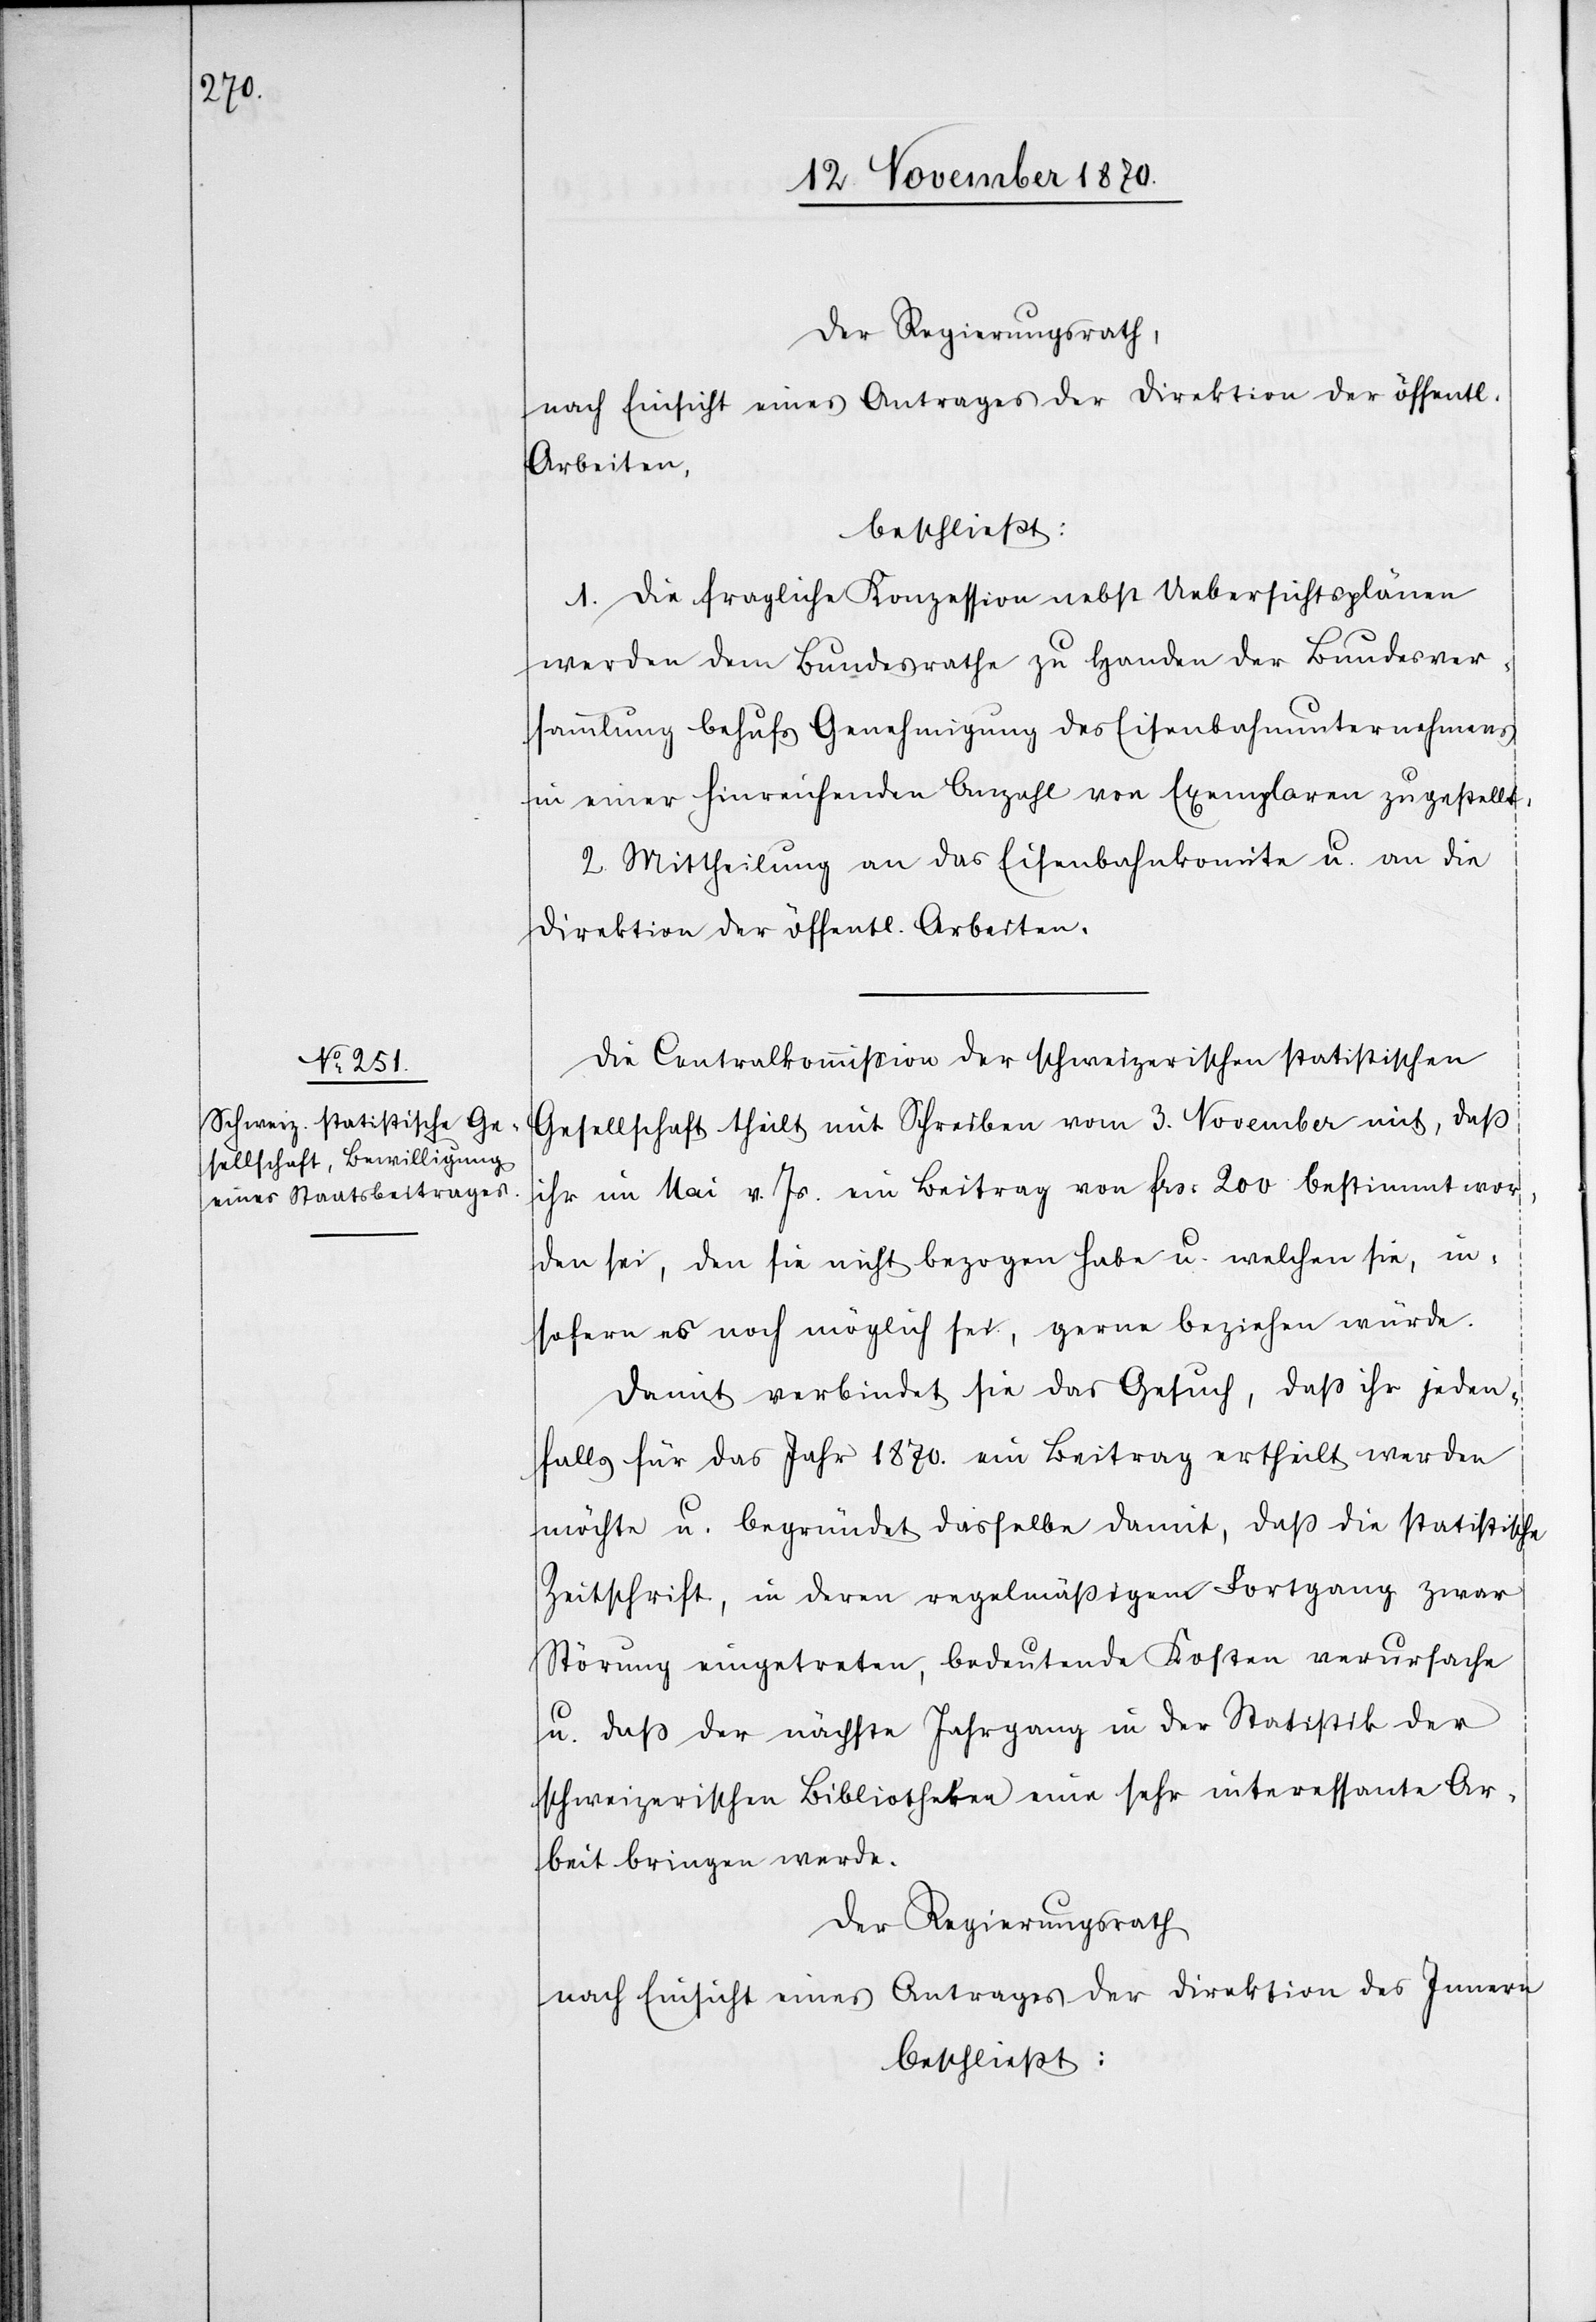
Der Regierungsrath,
nach Einsicht eines Antrages der Direktion der öffentl.
Arbeiten,
beschließt:
1. Die fragliche Konzession nebst Uebersichtsplänen
werden dem Bundesrathe zu Handen der Bundesver¬
sammlung behufs Genehmigung des Eisenbahnunternehmens
in einer hinreichenden Anzahl von Exemplaren zugestellt.
2. Mittheilung an das Eisenbahnkomite u. an die
Direktion der öffentl. Arbeiten.
Die Centralkommißion der schweizerischen statistischen
Gesellschaft theilt mit Schreiben vom 3. November mit, daß
ihr im Mai v. Js. ein Beitrag von Frs: 200 bestimmt wor¬
den sei, den sie nicht bezogen habe u. welchen sie, in¬
sofern es noch möglich sei, gerne beziehen würde.
Damit verbindet sie das Gesuch, daß ihr jeden¬
falls für das Jahr 1870. ein Beitrag ertheilt werden
möchte u. begründet dasselbe damit, daß die statistische
Zeitschrift, in deren regelmäßigem Fortgang zwar
Störung eingetreten, bedeutende Kosten verursache
u. daß der nächste Jahrgang in der Statistik der
schweizerischen Bibliotheken eine sehr interessante Ar¬
beit bringen werde.
Der Regierungsrath
nach Einsicht eines Antrages der Direktion des Innern
beschließt: